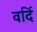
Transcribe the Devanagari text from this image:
वर्दि